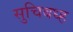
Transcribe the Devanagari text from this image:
सुचिबध्ह